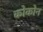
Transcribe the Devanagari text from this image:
कोकोन